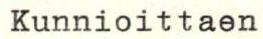
Kunnioittaen